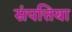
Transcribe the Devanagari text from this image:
संपत्तिया